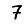
Digit: 7